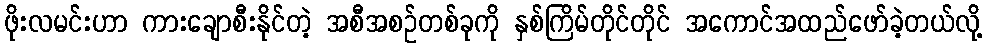
ဖိုးလမင်းဟာ ကားချောစီးနိုင်တဲ့ အစီအစဉ်တစ်ခုကို နှစ်ကြိမ်တိုင်တိုင် အကောင်အထည်ဖော်ခဲ့တယ်လို့